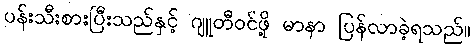
ပန်းသီးစားပြီးသည်နှင့် ဂျူတီဝင်ဖို့ မာနာ ပြန်လာခဲ့ရသည်။